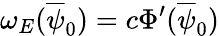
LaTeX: \omega_{E}(\overline{{\psi}}_{0})=c\Phi^{\prime}(\overline{{\psi}}_{0})